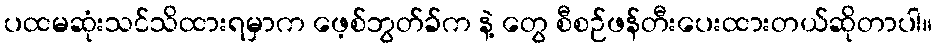
ပထမဆုံးသင်သိထားရမှာက ဖေ့စ်ဘွတ်ခ်က နဲ့ တွေ စီစဉ်ဖန်တီးပေးထားတယ်ဆိုတာပါ။